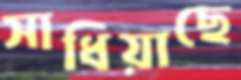
সাধিয়াছে